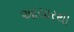
આચારથી